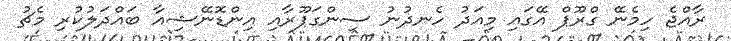
ރާއްޖެ ހިމެނޭ ގްރޫޕް އޭގައި މިއަދު ހެނދުނު ސިންގަޕޫރާއި އިންޑޮނޭޝިއާ ބައްދަލުކުރި މެޗު